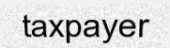
taxpayer